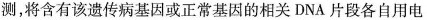
测，将含有该遗传病基因或正常基因的相关DNA片段各自用电